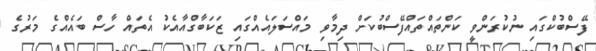
ފޭސްބުކްގައި ނުކުރަންވީ ކަންތައްތައްފޭސްބުކަށް ދިމާވި މައްސަލައެއްގައި ޒަކަބާގްއާއެކު އެތައް ހާސް ބައެއްގެ މަރުގެ